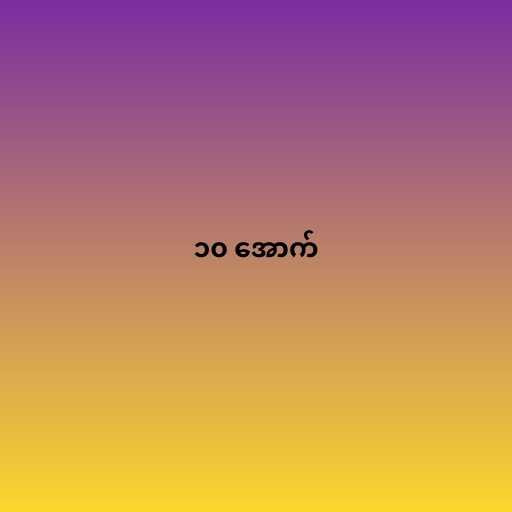
၁၀ အောက်